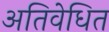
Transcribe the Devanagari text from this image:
अतिवेधित